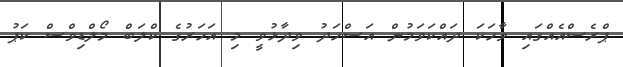
ޕްރެސްއެއްގައި ވާހަކަ ދައްކަވަމުން އަސްހަދު ވިދާޅުވީ މި އަހަރުގެ ކްލަބް މޯލްޑިވްސް ކަޕު